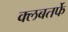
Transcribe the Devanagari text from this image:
क्लबतर्फे